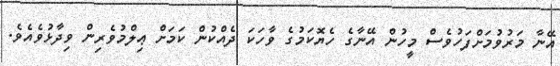
އޭނާ މަރުވުމަށްފަހުވެސް މީހުން އޭނާގެ ހެޔޮކަމުގެ ވާހަކަ ދެއްކުން ކަމަށް ޢިލްމުވެރިން ވިދާޅުވެއެވެ.